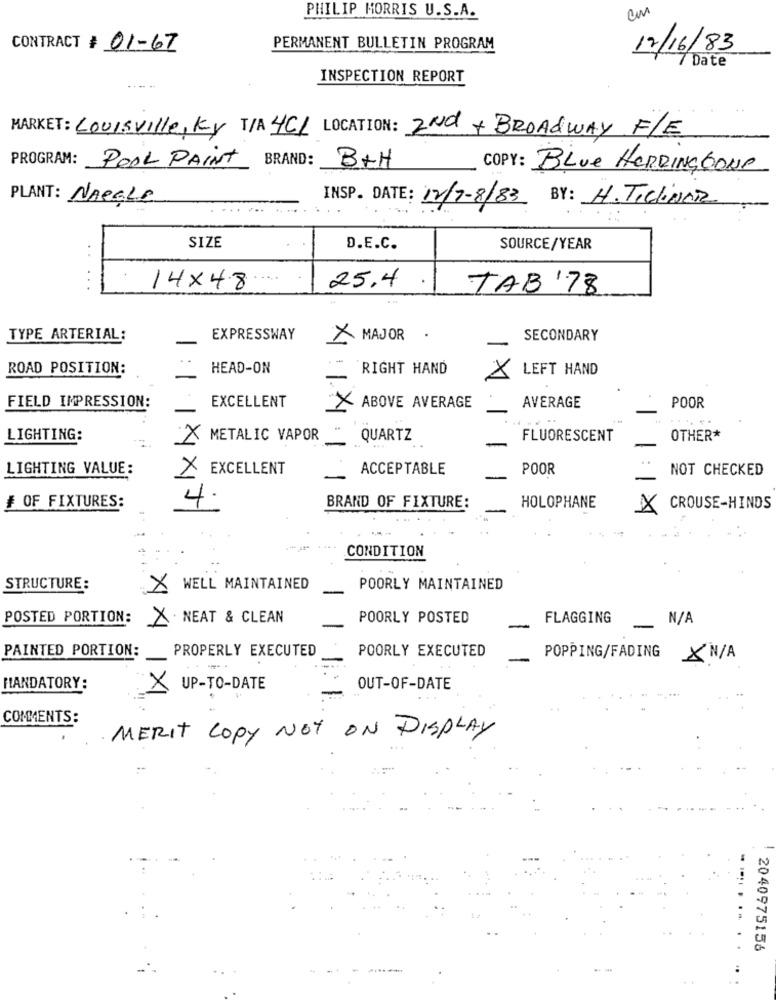
PHILIP MORRIS U.S.A.
CONTRACT # 01-67
PERMANENT BULLETIN PROGRAM
12/16/83
7 Date
INSPECTION REPORT
MARKET: Louisville, Ky T/A 4C/ LOCATION: 2Nd + BROADWAY F/E
PROGRAM:
BRAND:
POOL PAINT
B+H
COPY: Blue HERRING BONE
PLANT: NAEGLE
INSP. DATE: 12/7-8/83 BY: H. TICliNAR
SIZE
D.E.C.
SOURCE/YEAR
..
.
...
14X48
25,4
TAB 178
TYPE ARTERIAL:
EXPRESSWAY
×MAJOR-
SECONDARY
ROAD POSITION:
HEAD-ON
RIGHT HAND
X
LEFT HAND
EXCELLENT
FIELD IMPRESSION:
ABOVE AVERAGE
AVERAGE
POOR
LIGHTING:
X METALIC VAPOR
QUARTZ
-
FLUORESCENT
OTHER*
LIGHTING VALUE:
X EXCELLENT
ACCEPTABLE
POOR
NOT CHECKED
4.
# OF FIXTURES:
BRAND OF FIXTURE:
HOLOPHANE
X CROUSE-HINDS
CONDITION
STRUCTURE:
X WELL MAINTAINED
POORLY MAINTAINED
POSTED PORTION:
NEAT & CLEAN
POORLY POSTED
FLAGGING
PAINTED PORTION:
PROPERLY EXECUTED
POORLY EXECUTED
POPPING/FADING
X N/A
MANDATORY:
X
UP-TO-DATE
OUT-OF-DATE
COMMENTS:
MERIT COPY NOT ON DISPLAY
....
2040975156